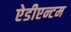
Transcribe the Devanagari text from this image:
ऐडीएन्टम